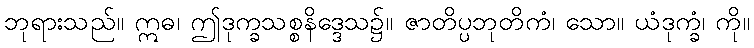
ဘုရားသည်။ ဣဓ၊ ဤဒုက္ခသစ္စနိဒ္ဒေသ၌။ ဇာတိပ္ပဘုတိကံ၊ သော။ ယံဒုက္ခံ၊ ကို။